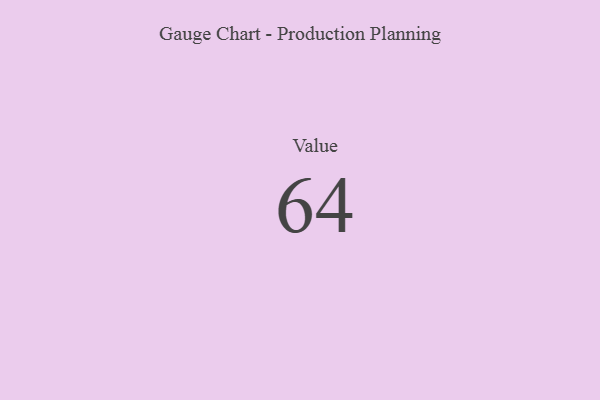
{"axis": {"x": "Metric", "y": "Value"}, "legend": [""], "data": [{"x": "Value", "y": 64, "type": ""}]}